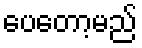
ပေတော့မည်